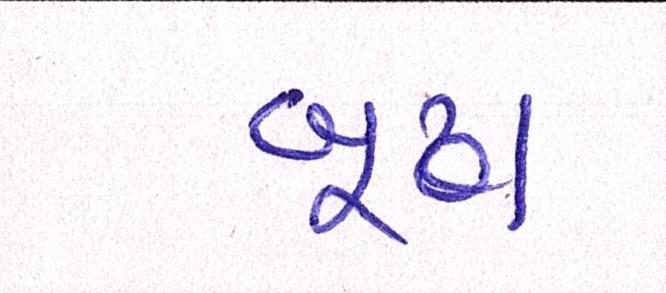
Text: બૂઢા